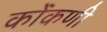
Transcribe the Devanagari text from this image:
कोंंकणी